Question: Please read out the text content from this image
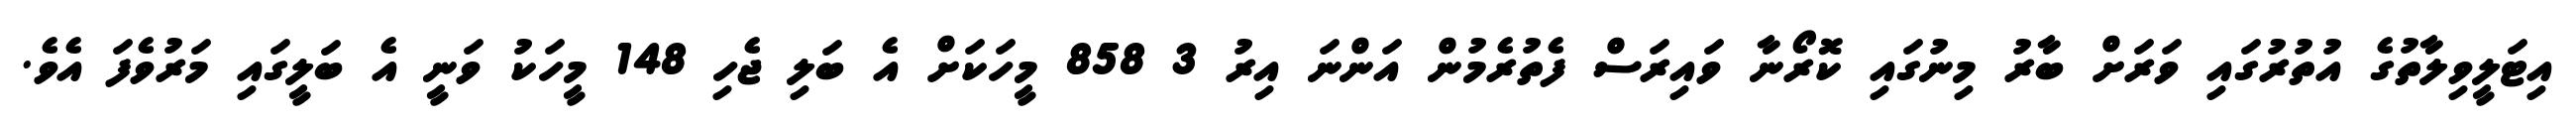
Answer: އިޓަލީވިލާތުގެ އުތުރުގައި ވަރަށް ބާރު މިނުގައި ކޮރޯނާ ވައިރަސް ފެތުރެމުން އަންނަ އިރު 3 858 މީހަކަށް އެ ބަލި ޖެހި 148 މީހަކު ވަނީ އެ ބަލީގައި މަރުވެފަ އެވެ.